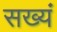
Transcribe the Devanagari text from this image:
सख्यं